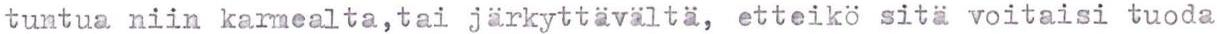
tuntua niin karmealta, tai järkyttävältä, etteikö sitä voitaisi tuoda